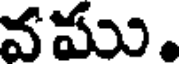
వము.